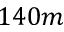
1 4 0 m